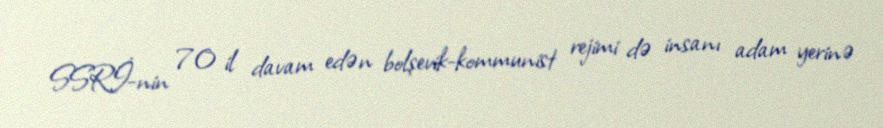
SSRİ-nin 70 il davam edən bolşevik-kommunist rejimi də insanı adam yerinə